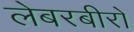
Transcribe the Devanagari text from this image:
लेबरबीरो